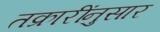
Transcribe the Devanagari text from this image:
तक्रारींनुसार